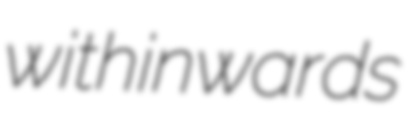
withinwards